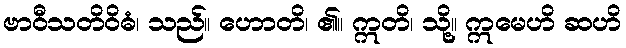
ဗာဝီသတိဝိဓံ၊ သည်။ ဟောတိ၊ ၏။ ဣတိ၊ သို့။ ဣမေဟိ ဆဟိ